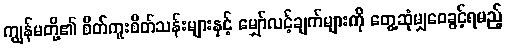
ကျွန်မတို့၏ စိတ်ကူးစိတ်သန်းများနှင့် မျှော်လင့်ချက်များကို တွေ့ဆုံမျှဝေခွင့်ရမည့်